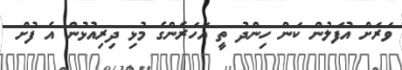
ވަރަށް އުފަލުން ކަން ހިންދު ތީ އަހަރެންގެ މުޅި ދިރިއުޅުން އެ ފުށް